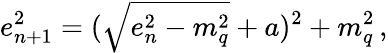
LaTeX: e_{n+1}^{2}=(\sqrt{e_{n}^{2}-m_{q}^{2}}+a)^{2}+m_{q}^{2}\, ,